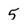
Character: 5